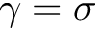
\gamma = \sigma